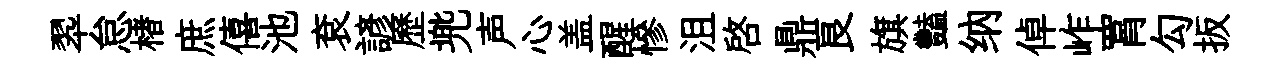
翆怠楮庶僖池袞諺歷兠声心盖醒慘沮啓鼎良旗豔纳倬岞罥勾扳